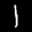
Label: 1